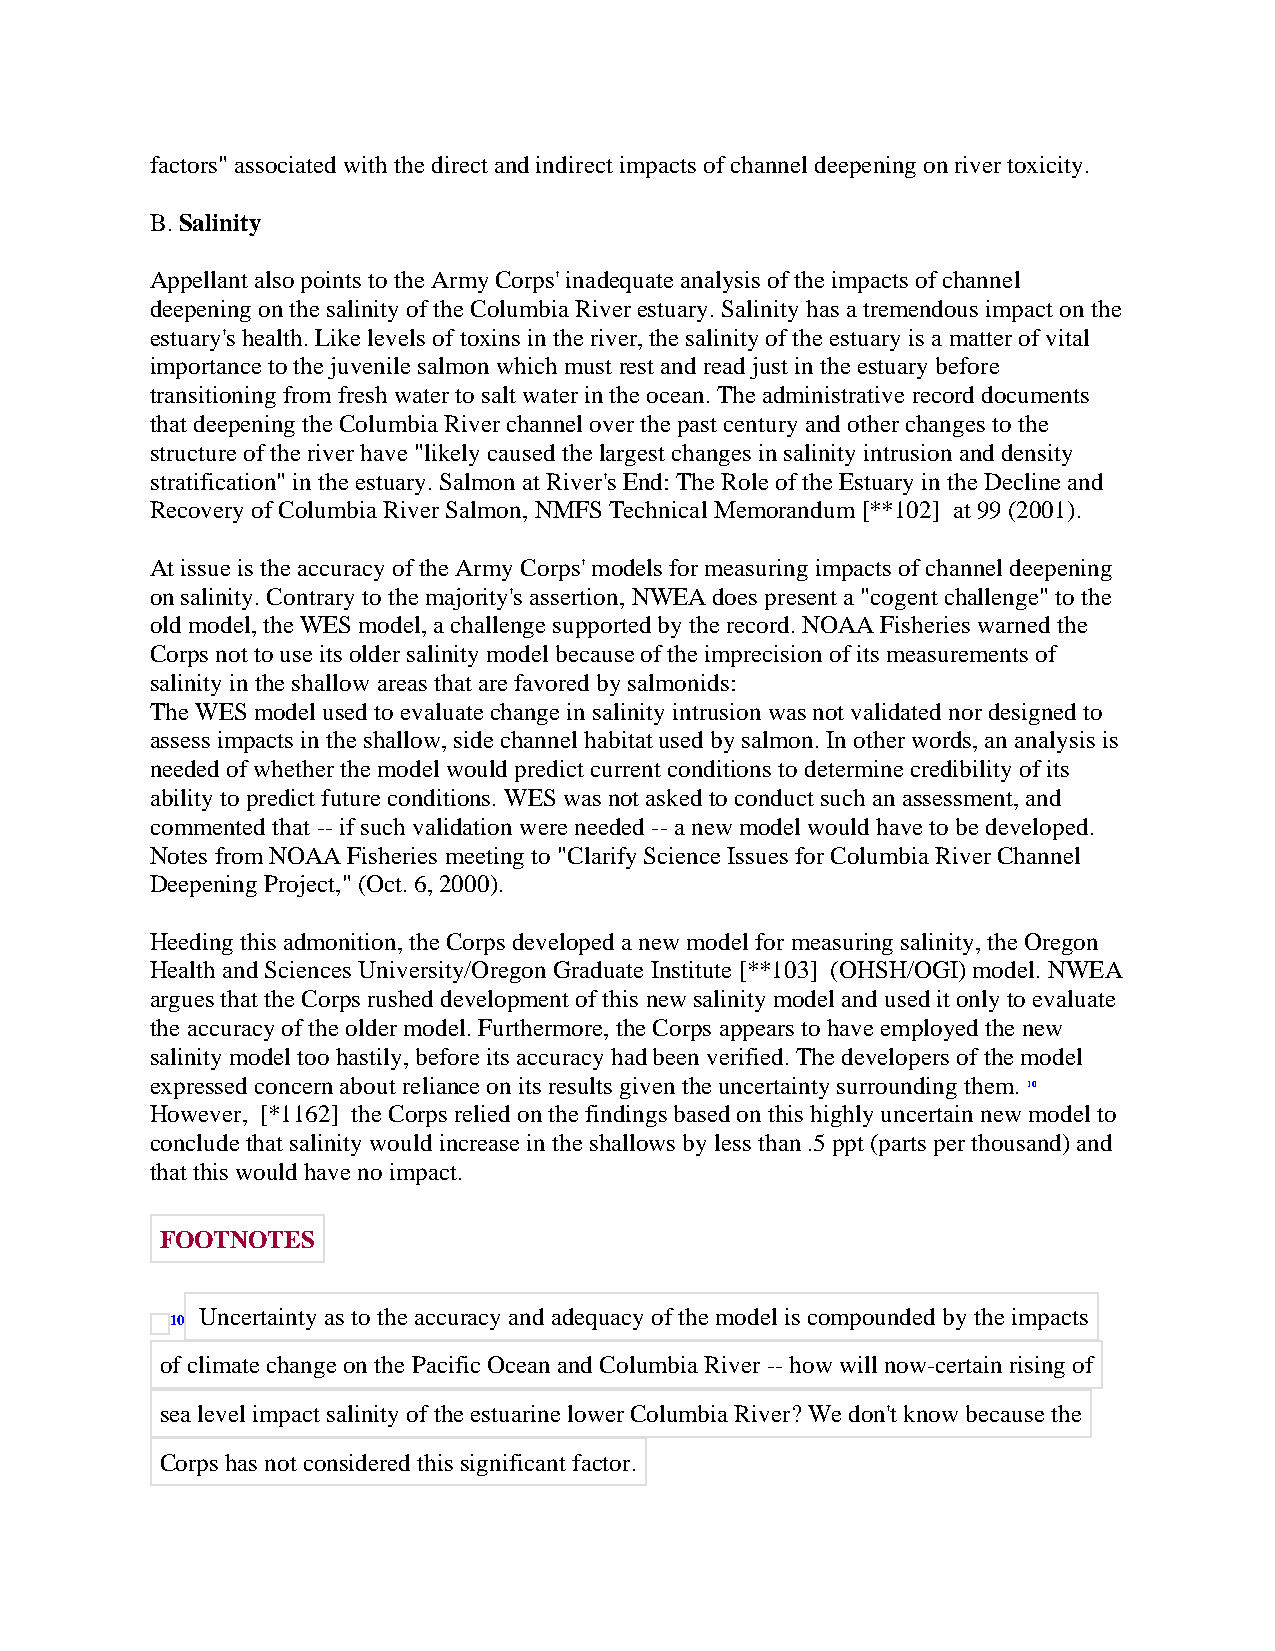
factors" associated with the direct and indirect impacts of channel deepening on river toxicity.
 B. Salinity
 Appellant also points to the Army Corps' inadequate analysis of the impacts of channel
 deepening on the salinity of the Columbia River estuary. Salinity has a tremendous impact on the
 estuary's health. Like levels of toxins in the river, the salinity of the estuary is a matter of vital
 importance to the juvenile salmon which must rest and read just in the estuary before
 transitioning from fresh water to salt water in the ocean. The administrative record documents
 that deepening the Columbia River channel over the past century and other changes to the
 structure of the river have "likely caused the largest changes in salinity intrusion and density
 stratification" in the estuary. Salmon at River's End: The Role of the Estuary in the Decline and
 Recovery of Columbia River Salmon, NMFS Technical Memorandum [**102] at 99 (2001).
 At issue is the accuracy of the Army Corps' models for measuring impacts of channel deepening
 on salinity. Contrary to the majority's assertion, NWEA does present a "cogent challenge" to the
 old model, the WES model, a challenge supported by the record. NOAA Fisheries warned the
 Corps not to use its older salinity model because of the imprecision of its measurements of
 salinity in the shallow areas that are favored by salmonids:
 The WES model used to evaluate change in salinity intrusion was not validated nor designed to
 assess impacts in the shallow, side channel habitat used by salmon. In other words, an analysis is
 needed of whether the model would predict current conditions to determine credibility of its
 ability to predict future conditions. WES was not asked to conduct such an assessment, and
 commented that -- if such validation were needed -- a new model would have to be developed.
 Notes from NOAA Fisheries meeting to "Clarify Science Issues for Columbia River Channel
 Deepening Project," (Oct. 6, 2000).
 Heeding this admonition, the Corps developed a new model for measuring salinity, the Oregon
 Health and Sciences University/Oregon Graduate Institute [**103] (OHSH/OGI) model. NWEA
 argues that the Corps rushed development of this new salinity model and used it only to evaluate
 the accuracy of the older model. Furthermore, the Corps appears to have employed the new
 salinity model too hastily, before its accuracy had been verified. The developers of the model
 expressed concern about reliance on its results given the uncertainty surrounding them. 10
 However, [*1162] the Corps relied on the findings based on this highly uncertain new model to
 conclude that salinity would increase in the shallows by less than .5 ppt (parts per thousand) and
 that this would have no impact.
 FOOTNOTES
 Uncertainty as to the accuracy and adequacy of the model is compounded by the impacts
 10
 of climate change on the Pacific Ocean and Columbia River -- how will now-certain rising of
 sea level impact salinity of the estuarine lower Columbia River? We don't know because the
 Corps has not considered this significant factor.